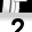
Digit: 2